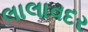
લાલાવદર